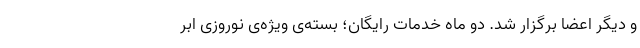
و دیگر اعضا برگزار شد. دو ماه خدمات رایگان؛ بسته‌ی ویژه‌ی نوروزی ابر